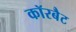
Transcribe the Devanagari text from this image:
कॉरबैट